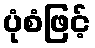
ပုံစံဖြင့်